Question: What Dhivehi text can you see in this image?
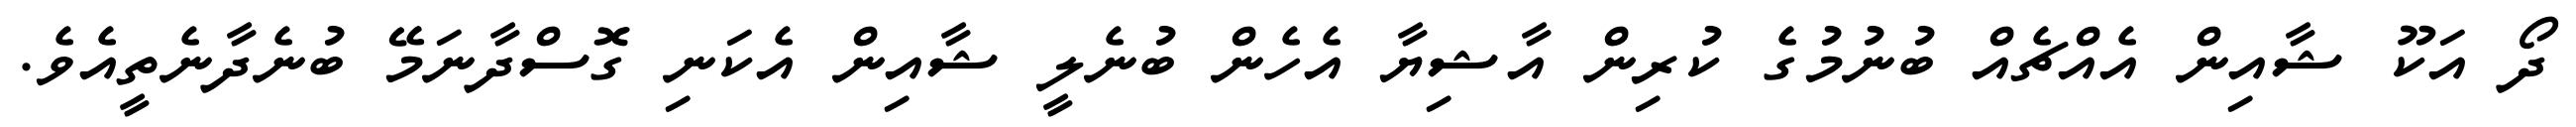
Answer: ދޯ އަކޫ ޝާއިން އެއްޗެއް ބުނުމުގެ ކުރިން އާޝިޔާ އެހެން ބުނެލީ ޝާއިން އެކަނި ގޮސްދާނަމޭ ބުނެދާނެތީއެވެ.